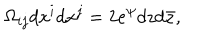
\Omega _ { i j } d x ^ { i } d x ^ { j } = 2 e ^ { \psi } d z d \bar { z } ,